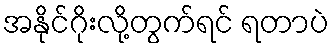
အနိုင်ဂိုးလို့တွက်ရင် ရတာပဲ